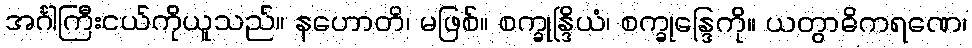
အင်္ဂါကြီးငယ်ကိုယူသည်။ နဟောတိ၊ မဖြစ်။ စက္ခုန္ဒြိယံ၊ စက္ခုန္ဒြေကို။ ယတွာဓိကရဏေ၊